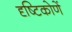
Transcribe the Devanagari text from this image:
दृष्टिकोणें